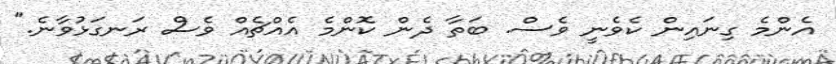
އެންމެ ގިނައިން ކެވެނީ ވެސް. ބަތާ ދެން ކޮންމެ އެއްޗެއް ވެސް ރަނގަޅުވާނެ."